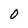
Character: 0